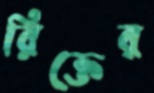
রিক্তের